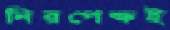
নিরপেক্ষই